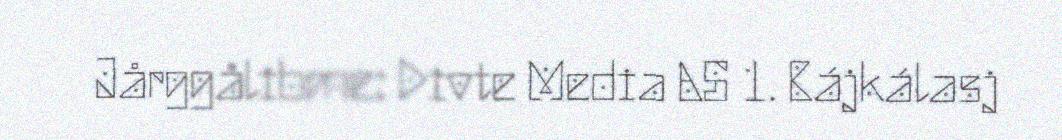
Jårggålibme: Divte Media AS 1. Bájkálasj